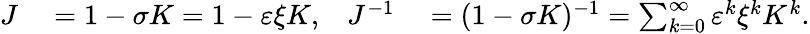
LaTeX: \begin{array}{rlrl}{J}&{{}=1-\sigma K=1-\varepsilon\xi K,}&{J^{-1}}&{{}=(1-\sigma K)^{-1}=\sum_{k=0}^{\infty}\varepsilon^{k}\xi^{k}K^{k}.}\end{array}